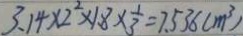
3 . 1 4 \times 2 ^ { 2 } \times 1 . 8 \times \frac { 1 } { 3 } = 7 . 5 3 6 ( m ^ { 3 } )